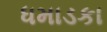
ધમાડકા